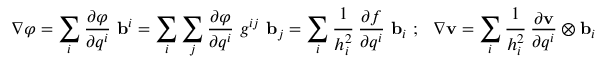
\nabla \varphi = \sum _ { i } { \frac { \partial \varphi } { \partial q ^ { i } } } ~ \mathbf { b } ^ { i } = \sum _ { i } \sum _ { j } { \frac { \partial \varphi } { \partial q ^ { i } } } ~ g ^ { i j } ~ \mathbf { b } _ { j } = \sum _ { i } { \cfrac { 1 } { h _ { i } ^ { 2 } } } ~ { \frac { \partial f } { \partial q ^ { i } } } ~ \mathbf { b } _ { i } ~ ; ~ ~ \nabla \mathbf { v } = \sum _ { i } { \cfrac { 1 } { h _ { i } ^ { 2 } } } ~ { \frac { \partial \mathbf { v } } { \partial q ^ { i } } } \otimes \mathbf { b } _ { i }